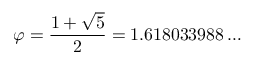
\varphi = { \frac { 1 + { \sqrt { 5 } } } { 2 } } = 1 . 6 1 8 0 3 3 9 8 8 \ldots